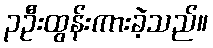
၃ဦးထွန်းကားခဲ့သည်။